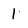
Character: 1